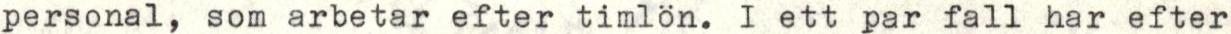
personal, som arbetar efter timlön. I ett par fall har efter